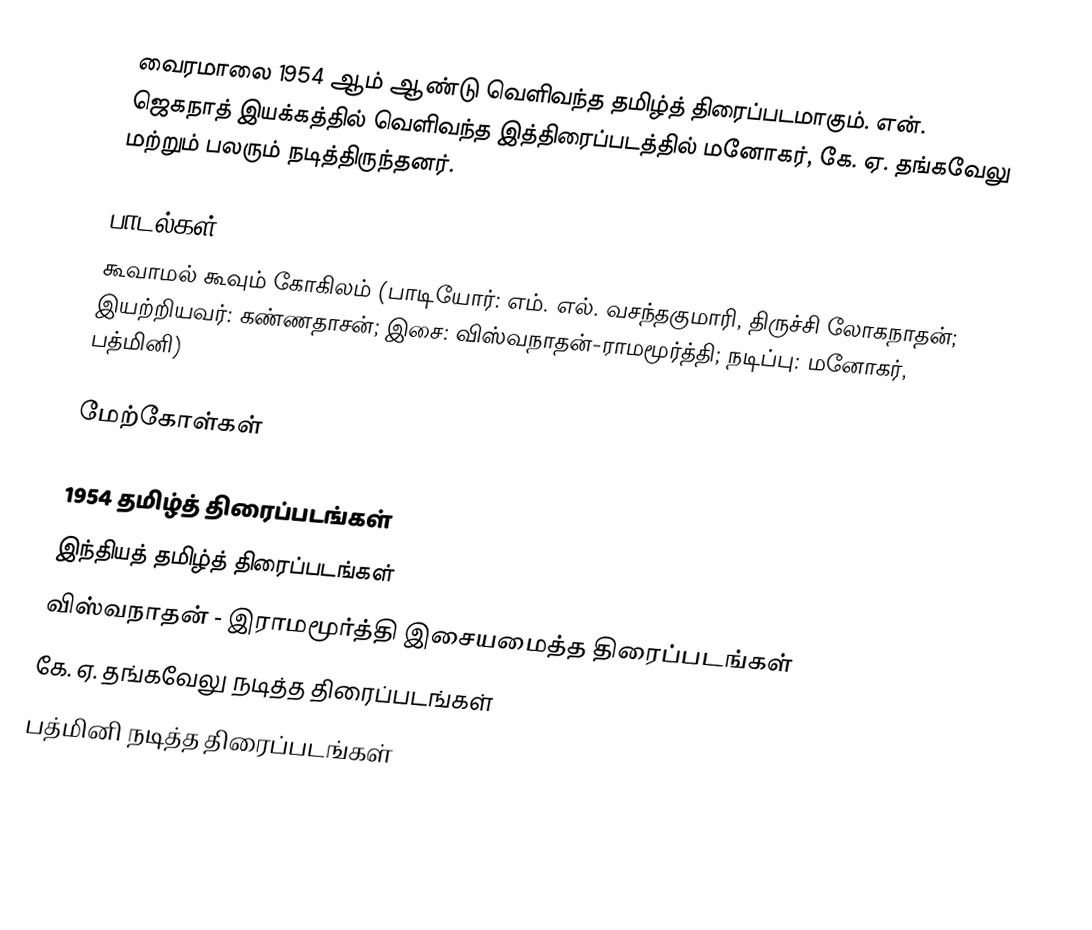
வைரமாலை 1954 ஆம் ஆண்டு வெளிவந்த தமிழ்த் திரைப்படமாகும். என். ஜெகநாத் இயக்கத்தில் வெளிவந்த இத்திரைப்படத்தில் மனோகர், கே. ஏ. தங்கவேலு மற்றும் பலரும் நடித்திருந்தனர்.

பாடல்கள்
கூவாமல் கூவும் கோகிலம் (பாடியோர்: எம். எல். வசந்தகுமாரி, திருச்சி லோகநாதன்; இயற்றியவர்: கண்ணதாசன்; இசை: விஸ்வநாதன்-ராமமூர்த்தி; நடிப்பு: மனோகர், பத்மினி)

மேற்கோள்கள்

1954 தமிழ்த் திரைப்படங்கள்
இந்தியத் தமிழ்த் திரைப்படங்கள்
விஸ்வநாதன் - இராமமூர்த்தி இசையமைத்த திரைப்படங்கள்
கே. ஏ. தங்கவேலு நடித்த திரைப்படங்கள்
பத்மினி நடித்த திரைப்படங்கள்